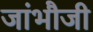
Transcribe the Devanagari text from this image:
जांभौजी